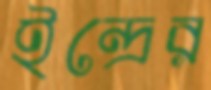
ইন্দ্রের